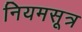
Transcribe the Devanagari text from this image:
नियमसूत्र